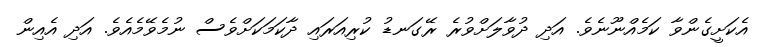
އެކަށީގެންވާ ކަމެއްނޫނެވެ. އަދި ދުވާލަށްވުރެ ރޭގަނޑު ކުރިއަރައި ދާކަމަކަށްވެސް ނުމެވޭމެއެވެ. އަދި އެއިން